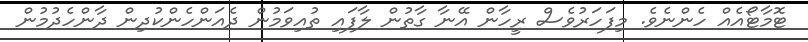
ޓޮމާޓޯއެއް ހެންނެވެ. މިފަހަރުވެސް ރީހާން އޭނާ ގާތުން ލާފައި ތުއިވަމުން ދެއަންހެންކުދިން ދާންހެދުމުން